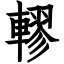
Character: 轇